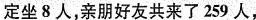
定坐8人，亲朋好友共来了259人，